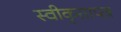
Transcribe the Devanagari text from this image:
स्वीकृतापत्र